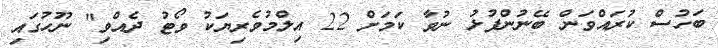
ބަހުސް ކުރައްވަން ބޭނުންފުޅު ނުވާ ކަމަށް 22 އިލްމުވެރިޔަކު ވޯޓު ދެއްވި" ނޫހުގައި